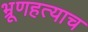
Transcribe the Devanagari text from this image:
भ्रूणहत्याच